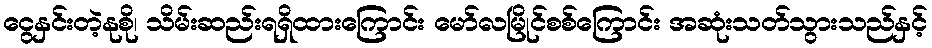
ငွေနှင်းတဲ့နုစို၊ သိမ်းဆည်းရရှိထားကြောင်း မော်လမြိုင်စစ်ကြောင်း အဆုံးသတ်သွားသည်နှင့်